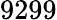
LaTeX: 9299